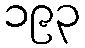
၁၉၃